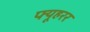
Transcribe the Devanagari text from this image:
फ्यूहरर